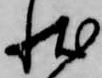
状